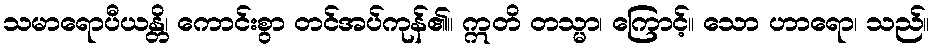
သမာရောပီယန္တိ၊ ကောင်းစွာ တင်အပ်ကုန်၏။ ဣတိ တသ္မာ၊ ကြောင့်။ သော ဟာရော၊ သည်။